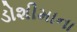
ડોશીમાના